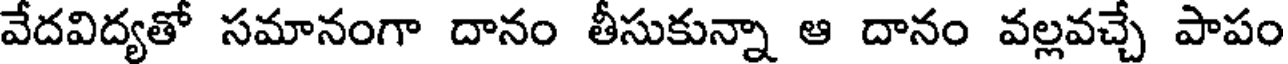
వేదవిద్యతో సమానంగా దానం తీసుకున్నా ఆ దానం వల్లవచ్చే పాపం